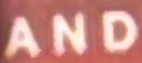
AND